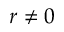
r \not = 0